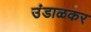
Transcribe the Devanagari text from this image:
उंडाळकर